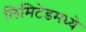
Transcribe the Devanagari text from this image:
लिमिटेडमध्ये